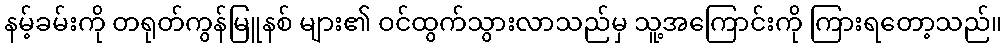
နမ့်ခမ်းကို တရုတ်ကွန်မြူနစ် များ၏ ဝင်ထွက်သွားလာသည်မှ သူ့အကြောင်းကို ကြားရတော့သည်။